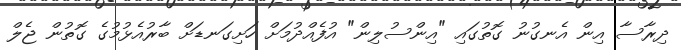
ދިރާސާ އިން އެނގުނު ގޮތުގައި "އިންސުލިން" އުފެއްދުމަށް ހަށިގަނޑަށް ބާރުއެޅުމުގެ ގޮތުން ޖެލް